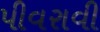
પીવરાવી